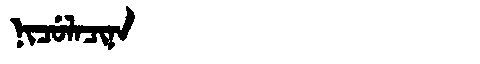
Manchu: ᠨᡳᠴᡠᠯᠠᠴᡳᠨᠠ
Romanization: NICULACINA